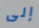
إلى